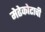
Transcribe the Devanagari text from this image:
मेढेकोटाची